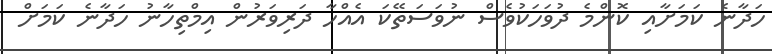
ހަދާނެ ކަމަށާއި ކޮންމެ ދުވަހަކުވެސް ނުވަސަތޭކަ އެއްހާ ދަރިވަރުން އިމްތިހާނު ހަދާނެ ކަަމަށް